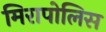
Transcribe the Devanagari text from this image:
मिरापोलिस